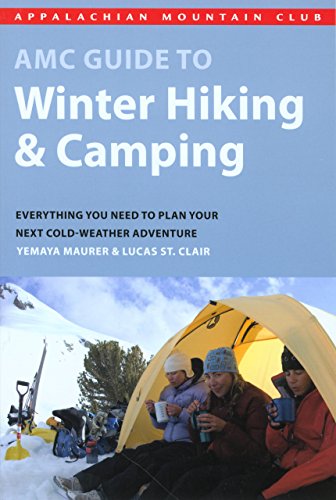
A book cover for AMC Guide to Winter Hiking and Camping: Everything You Need To Plan Your Next Cold-Weather Adventure; Lucas St. Clair; Sports & Outdoors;